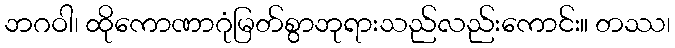
ဘဂဝါ၊ ထိုကောဏာဂုံမြတ်စွာဘုရားသည်လည်းကောင်း။ တဿ၊